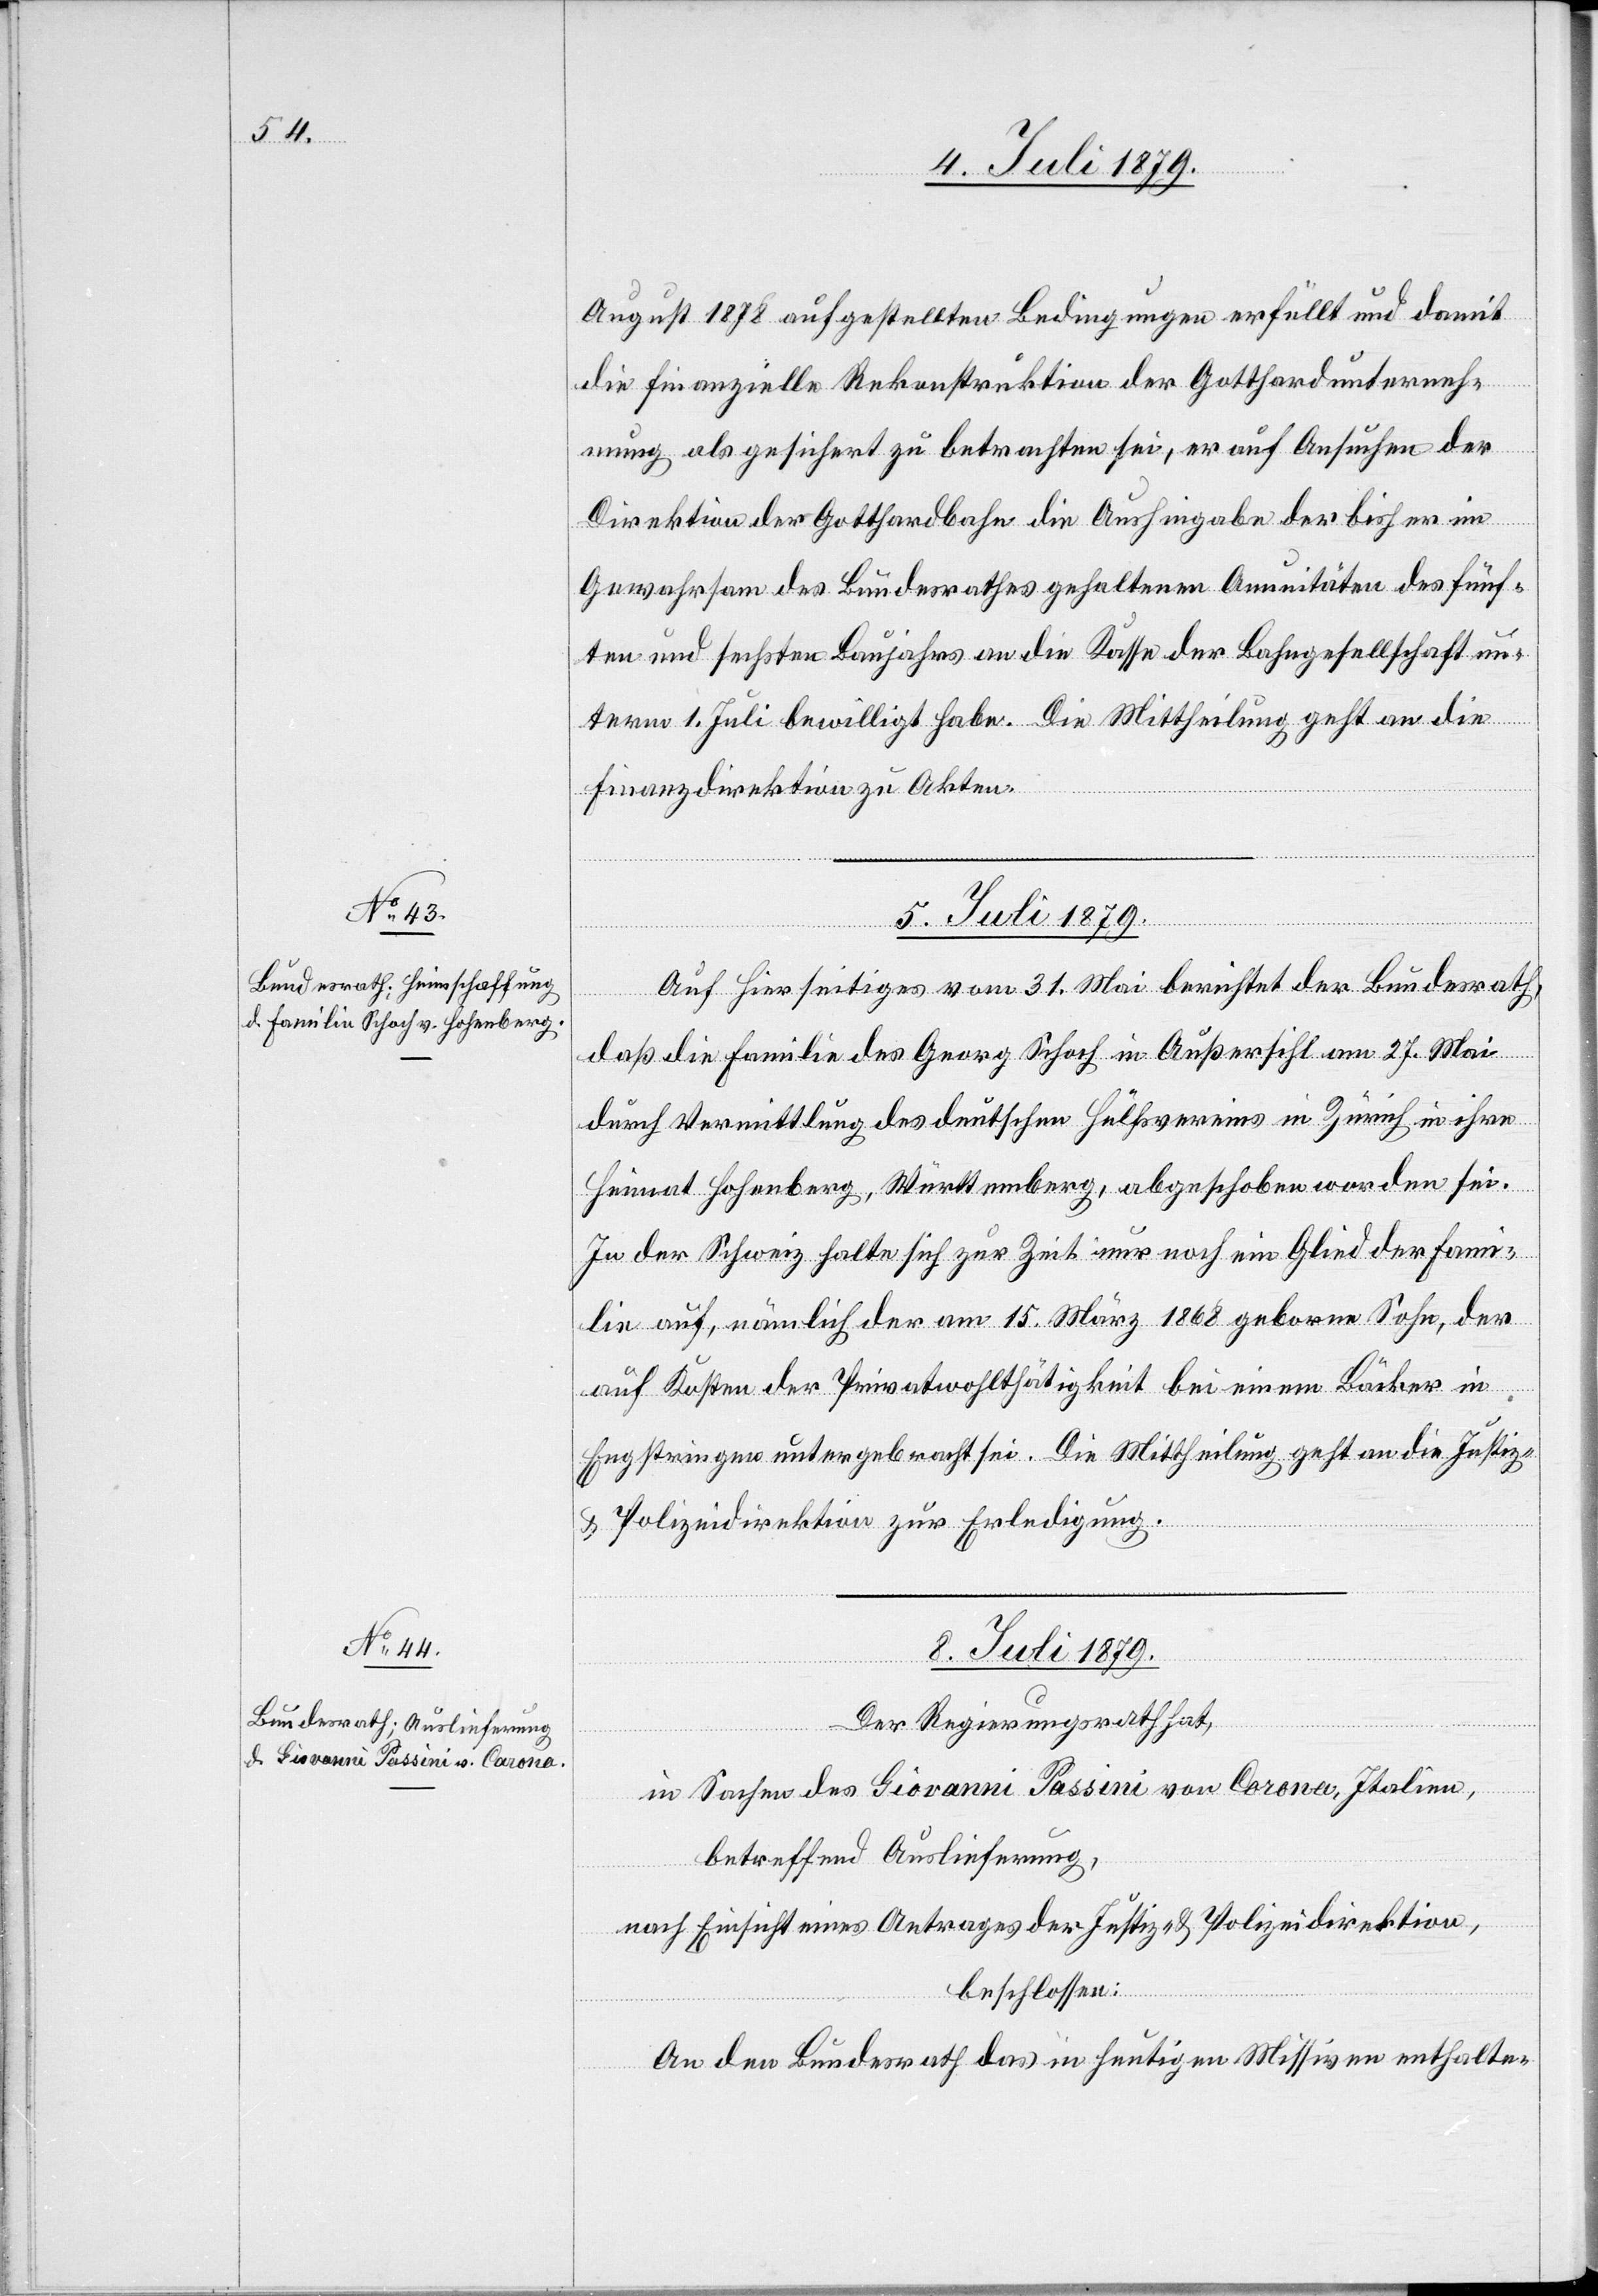
August 1878 aufgestellten Bedingungen erfüllt und damit
die finanzielle Rekonstruktion der Gotthardunterneh¬
mung als gesichert zu betrachten sei, er auf Ansuchen der
Direktion der Gotthardbahn die Aushingabe der bisher im
Gewahrsam des Bundesrathes gehaltenen Annuitäten des fünf¬
ten und sechsten Baujahrs an die Kasse der Bahngesellschaft un¬
term 1. Juli bewilligt habe. Die Mittheilung geht an die
Finanzdirektion zu Akten.
5. Juli 1879.
Auf Hierseitiges vom 31. Mai berichtet der Bundesrath,
daß die Familie des Georg Schoch in Außersihl am 27. Mai
durch Vermittlung des deutschen Hülfsvereins in Zürich in ihre
Heimat Hohenberg, Württemberg, abgeschoben worden sei.
In der Schweiz halte sich zur Zeit nur noch ein Glied der Fami¬
lie auf, nämlich der am 15. März 1878 geborne Sohn, der
auf Kosten der Privatwohlthätigkeit bei einem Bäcker in
Engstringen untergebracht sei. Die Mittheilung geht an die Justiz-
& Polizeidirektion zur Erledigung.
8. Juli 1879.
Der Regierungsrath hat,
in Sachen des Giovanni Passini von Corona [sic!], Italien,
betreffend Auslieferung,
nach Einsicht eines Antrages der Justiz- & Polizeidirektion,
beschlossen:
An den Bundesrath das in heutigen Missiven enthalte-